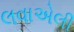
લવાએલી